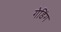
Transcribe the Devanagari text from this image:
गेडिंग